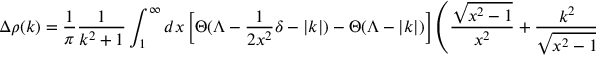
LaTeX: \Delta \rho ( k ) = \frac { 1 } { \pi } \frac { 1 } { k ^ { 2 } + 1 } \int _ { 1 } ^ { \infty } d x \left[ \Theta ( \Lambda - \frac { 1 } { 2 x ^ { 2 } } \delta - | k | ) - \Theta ( \Lambda - | k | ) \right] \left( \frac { \sqrt { x ^ { 2 } - 1 } } { x ^ { 2 } } + \frac { k ^ { 2 } } { \sqrt { x ^ { 2 } - 1 } } \right)